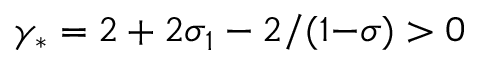
\gamma _ { * } = 2 + 2 \sigma _ { 1 } - 2 / ( 1 { - } \sigma ) > 0